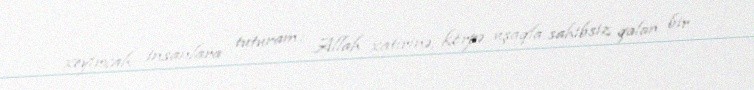
xeyirxah insanlara tuturam: Allah xatirinə, körpə uşaqla sahibsiz qalan bir